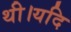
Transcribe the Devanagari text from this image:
थी।यदि